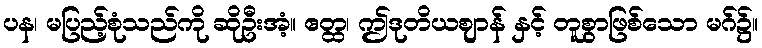
ပန၊ မပြည့်စုံသည်ကို ဆိုဦးအံ့။ ဧတ္ထ၊ ဤဒုတိယဈာန် နှင့် တူစွာဖြစ်သော မဂ်၌။